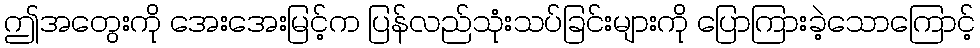
ဤအတွေးကို အေးအေးမြင့်က ပြန်လည်သုံးသပ်ခြင်းများကို ပြောကြားခဲ့သောကြောင့်